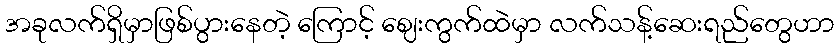
အခုလက်ရှိမှာဖြစ်ပွားနေတဲ့ ကြောင့် ဈေးကွက်ထဲမှာ လက်သန့်ဆေးရည်တွေဟာ